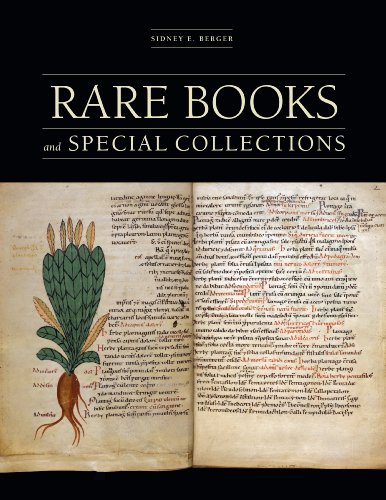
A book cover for Rare Books and Special Collections; Sidney E. Berger; Crafts, Hobbies & Home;